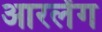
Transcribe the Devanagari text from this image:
आरलेंग